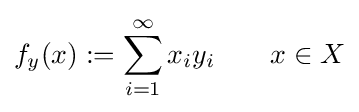
f_{y}(x):=\sum _{i=1}^{\infty }x_{i}y_{i}\qquad x\in X